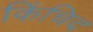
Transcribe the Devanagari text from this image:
किंचिद